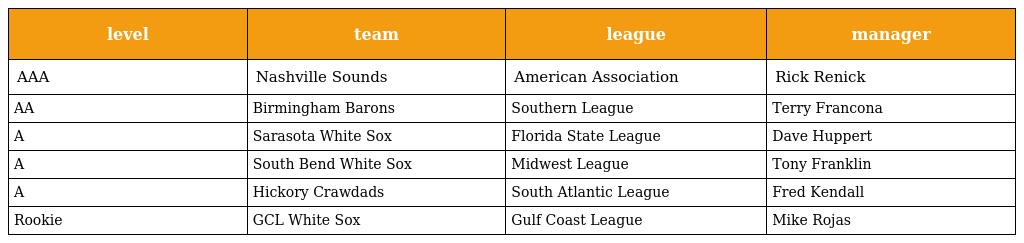
| level | team | league | manager |
 | --- | --- | --- | --- |
 | AAA | Nashville Sounds | American Association | Rick Renick |
 | AA | Birmingham Barons | Southern League | Terry Francona |
 | A | Sarasota White Sox | Florida State League | Dave Huppert |
 | A | South Bend White Sox | Midwest League | Tony Franklin |
 | A | Hickory Crawdads | South Atlantic League | Fred Kendall |
 | Rookie | GCL White Sox | Gulf Coast League | Mike Rojas |